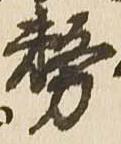
務